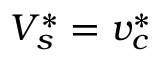
V _ { s } ^ { * } = v _ { c } ^ { * }